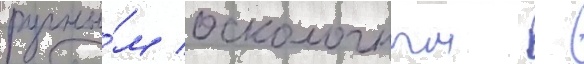
ручны́м осколочным